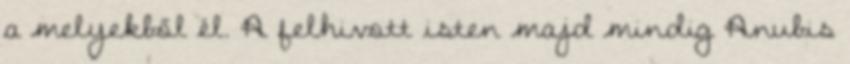
a melyekből él. A felhivott isten majd mindig Anubis